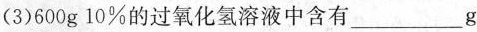
(3)600g 10%的过氧化氢溶液中含有___g